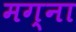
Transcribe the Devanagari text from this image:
मग्ना